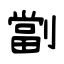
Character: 劏